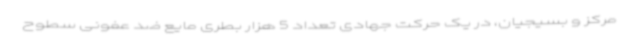
مرکز و بسیجیان، در یک حرکت جهادی تعداد 5 هزار بطری مایع ضد عفونی سطوح